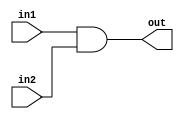
module bit32AndGate (out,in1,in2);
	input [31:0] in1,in2;
	output [31:0] out;
	assign {out}=in1 &in2;
endmodule